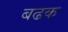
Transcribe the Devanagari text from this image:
बढक